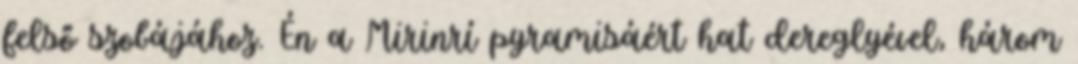
felső szobájához. Én a Mirinrí pyramisáért hat dereglyével, három